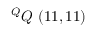
^ { Q } Q \ ( 1 1 , 1 1 )